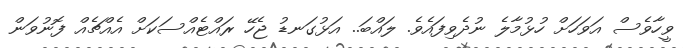
ވީހާވެސް އަވަހަށް ހުޅުމާލެ ނުދެވިފައެވެ. ލައްބަ.. އަޅުގަނޑު ޖެހޭ ރައްޓެއްސަކަށް އެއްޗެއް ފޮނުވަން